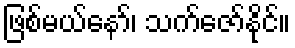
ဖြစ်မယ်နော်၊ သက်ဇော်နိုင်။